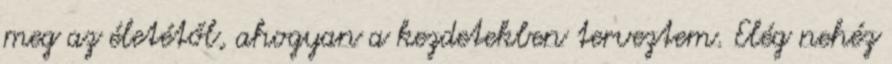
meg az életétől, ahogyan a kezdetekben terveztem. Elég nehéz